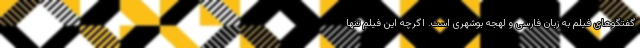
گفتگوهای فیلم به زبان فارسی و لهجه بوشهری است. اگرچه این فیلم تنها